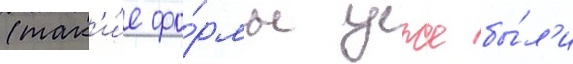
(так'и́е фо́рмы уже бы́л'и